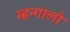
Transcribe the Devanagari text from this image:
म्हन्गालो